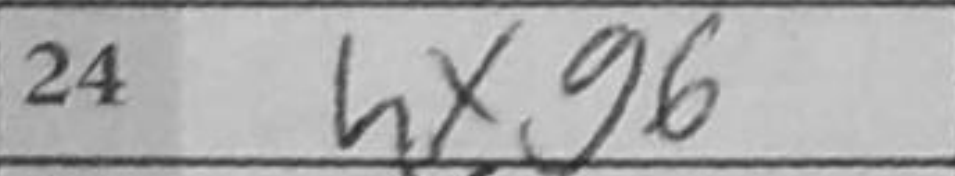
Transcription: hxg6